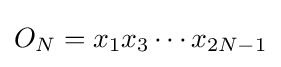
O_{N}=x_{1}x_{3}\cdots x_{2N-1}